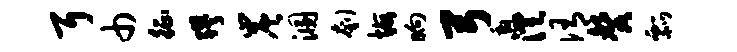
耳巾征缪炭溷刳悔晌弓邀澄侑馨瓢